Leningradi_Edasi_toimetus, lk 133
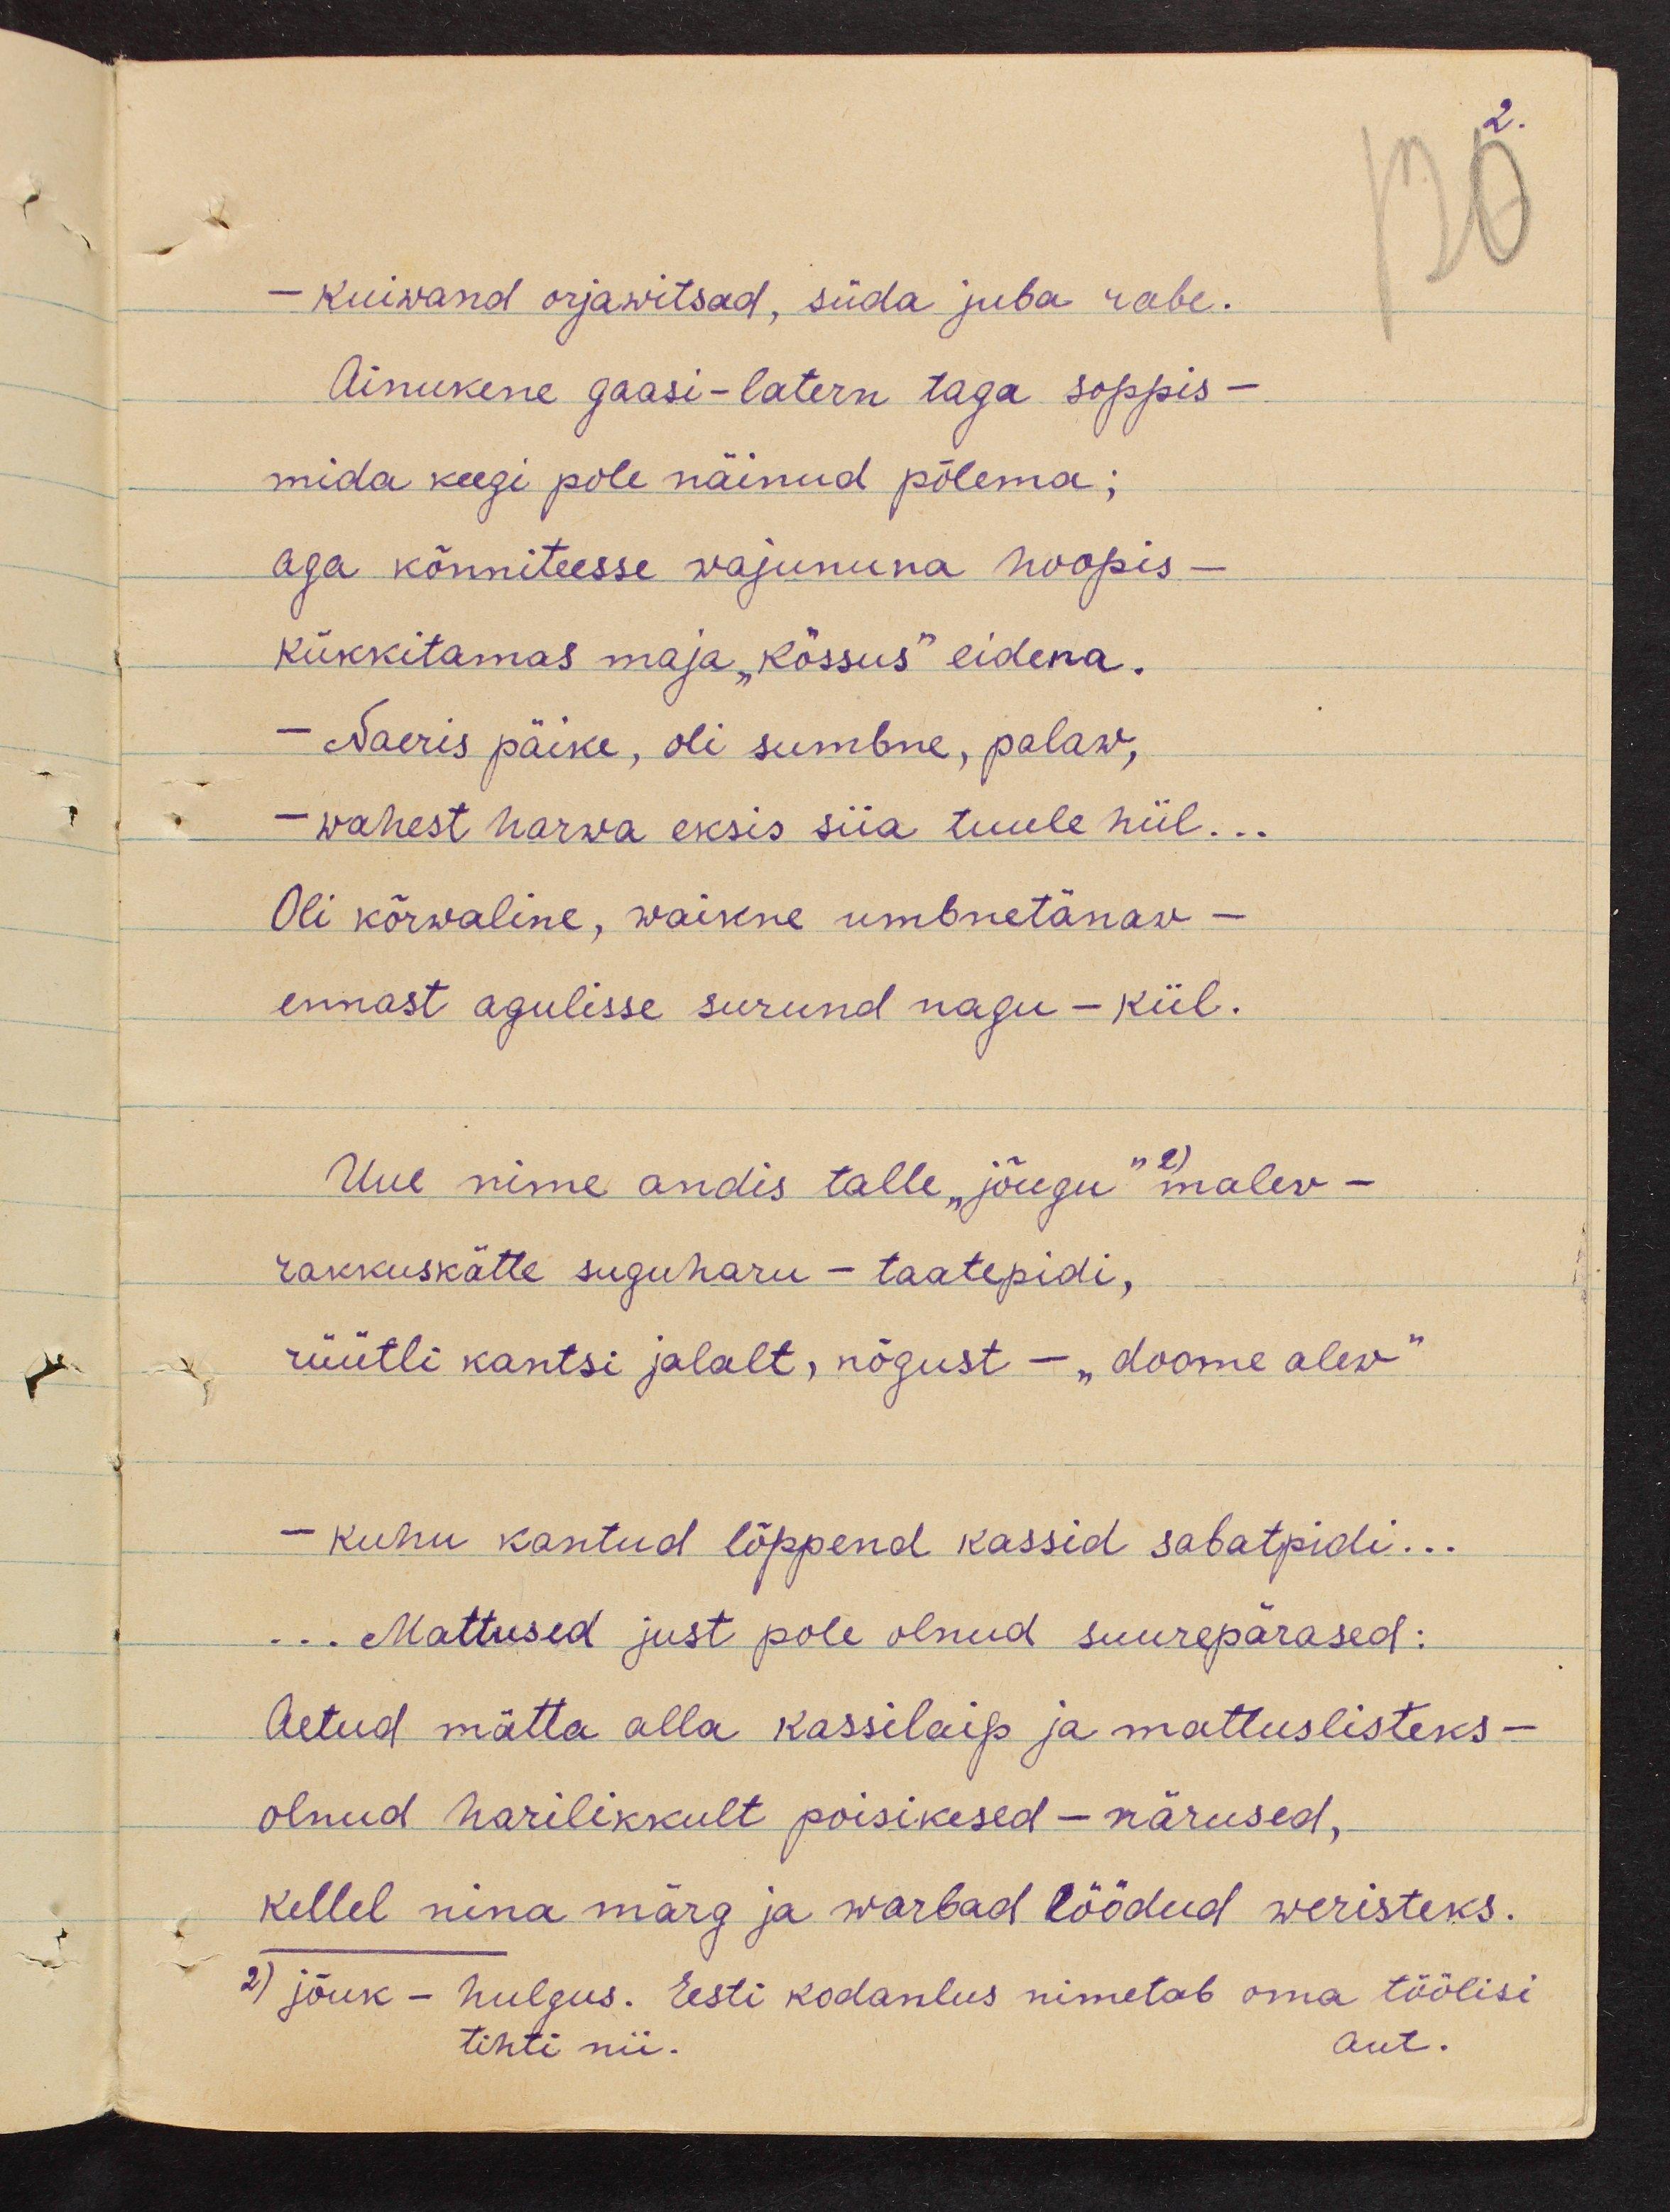
- kuiwand orjawitsad, süda juba rabe.
Ainukene gaasi-latern taga soppis -
mida keegi pole näinud põlema ;
aga kõnniteesse wajununa hoopis-
kükkitamas maja "kõssus" eidena.
- Naeris päike, oli sumbne, palaw,
- wahest harwa eksis siia tuule hiil...
Oli kõrvaline, waikne umbnetänav -
ennast agulisse surund nagu - kiil.
Uue nime andis talle "jõugu" 2) malev -
rakkuskätte suguharu - taatepidi,
rüütli kantsi jalalt, nõgust - "doome alev"
- kuhu kantud lõppend kassid sabatpidi...
... Mattused just pole olnud suurepärased:
Aetud mätta alla kassilaip ja mattuslisteks-
olnud harilikkult poisikesed - närused,
kellel nina märg ja warbad löödud weristeks.
2) jõuk - hulgus. Eesti kodanlus nimetab oma töölisi
tihti nii.
aut.